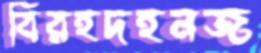
বিরহদহনজ